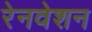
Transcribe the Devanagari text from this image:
रेनवेशन